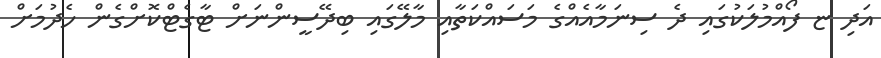
އަދި ޏ ފޯއްމުލަކުގައި ދެ ސިނަމާއެއްގެ މަސައްކަތާއި މާލޭގައި ބިދޭސީންނަށް ޓާގެޓްކޮށްގެން ހެދުމަށް